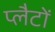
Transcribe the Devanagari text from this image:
प्लैटों